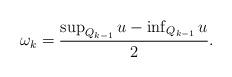
LaTeX: \begin{align*} \begin{aligned} {\omega}_k=\frac{\sup_{Q_{k-1}}u-\inf_{Q_{k-1}}u}{2}. \end{aligned} \end{align*}